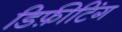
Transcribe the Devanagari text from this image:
डिफ़ीटिंग